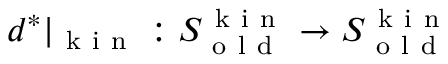
d ^ { * } \vert _ { \mathrm { ~ k ~ i ~ n ~ } } : S _ { \mathrm { ~ o ~ l ~ d ~ } } ^ { \mathrm { ~ k ~ i ~ n ~ } } \to S _ { \mathrm { ~ o ~ l ~ d ~ } } ^ { \mathrm { ~ k ~ i ~ n ~ } }